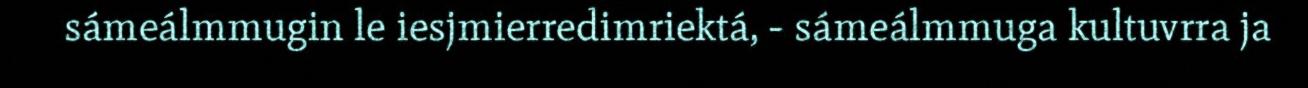
sámeálmmugin le iesjmierredimriektá, - sámeálmmuga kultuvrra ja